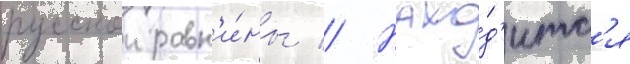
русскои равн'и́ны // Нахо́д'итс'я